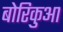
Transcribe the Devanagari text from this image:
बोरिकुआ